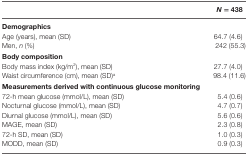
<table><thead><tr><td></td><td><b><i>N</i> = 438</b></td></tr></thead><tbody><tr><td colspan="2"><b>Demographics</b></td></tr><tr><td>Age (years), mean (SD)</td><td>64.7 (4.6)</td></tr><tr><td>Men, <i>n</i> (%)</td><td>242 (55.3)</td></tr><tr><td colspan="2"><b>Body composition</b></td></tr><tr><td>Body mass index (kg/m<sup>2</sup>), mean (SD)</td><td>27.7 (4.0)</td></tr><tr><td>Waist circumference (cm), mean (SD)<sup>a</sup></td><td>98.4 (11.6)</td></tr><tr><td colspan="2"><b>Measurements derived with continuous glucose monitoring</b></td></tr><tr><td>72-h mean glucose (mmol/L), mean (SD)</td><td>5.4 (0.6)</td></tr><tr><td>Nocturnal glucose (mmol/L), mean (SD)</td><td>4.7 (0.7)</td></tr><tr><td>Diurnal glucose (mmol/L), mean (SD)</td><td>5.6 (0.6)</td></tr><tr><td>MAGE, mean (SD)</td><td>2.3 (0.8)</td></tr><tr><td>72-h SD, mean (SD)</td><td>1.0 (0.3)</td></tr><tr><td>MODD, mean (SD)</td><td>0.9 (0.3)</td></tr></tbody></table>